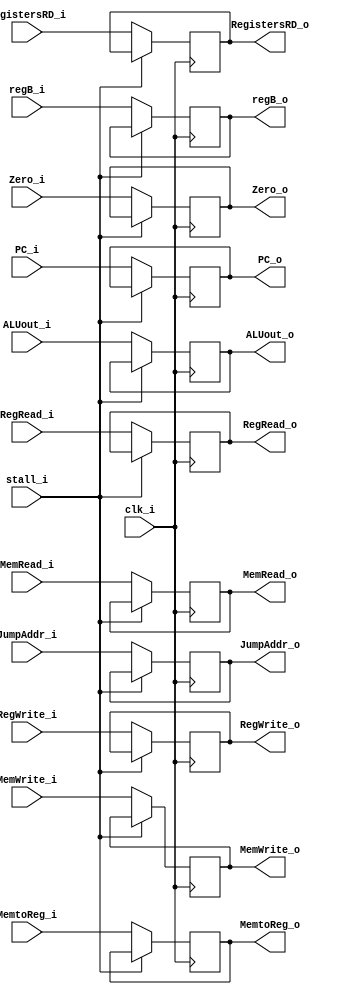
module EX_MEM(
    clk_i,
	stall_i,
    ALUout_i, //32bits
    Zero_i, //1 bit
    PC_i, //32bits
    regB_i, //32bits
    JumpAddr_i, //32bits
    RegistersRD_i, //32bits
    RegWrite_i,//control signal
    RegRead_i,
    MemtoReg_i,
    MemWrite_i,
    MemRead_i,

    ALUout_o,
    Zero_o,
    PC_o,
    regB_o,
    JumpAddr_o,
    RegistersRD_o,
    RegWrite_o,
    RegRead_o,
    MemtoReg_o,
    MemWrite_o,
    MemRead_o
);
input clk_i, Zero_i, stall_i;
input [4:0] RegistersRD_i;
input [31:0] PC_i, ALUout_i, regB_i, JumpAddr_i;
//control signal
input RegWrite_i, RegRead_i, MemtoReg_i, MemWrite_i, MemRead_i;

output Zero_o;
output [4:0] RegistersRD_o;
output [31:0] PC_o,ALUout_o, regB_o, JumpAddr_o;
//control signal
output RegWrite_o, RegRead_o, MemtoReg_o, MemWrite_o, MemRead_o;
reg Zero_o, PC_o, ALUout_o, regB_o, JumpAddr_o, RegistersRD_o, RegWrite_o, RegRead_o, MemtoReg_o, MemWrite_o, MemRead_o;

always@(posedge clk_i)
begin
  if(stall_i) begin
  end
  else begin
	ALUout_o <= ALUout_i;
	Zero_o <= Zero_i;
	PC_o <= PC_i;
	regB_o <= regB_i;
	JumpAddr_o <= JumpAddr_i;
	RegistersRD_o <= RegistersRD_i;
	RegWrite_o <= RegWrite_i;
	RegRead_o <= RegRead_i;
	MemtoReg_o <= MemtoReg_i;
	MemWrite_o <= MemWrite_i;
	MemRead_o <= MemRead_i;
  end
end
endmodule